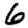
Digit: 6